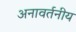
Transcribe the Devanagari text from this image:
अनावर्तनीय